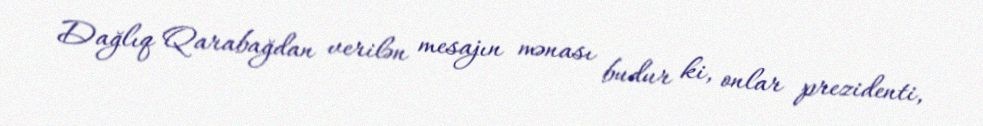
Dağlıq Qarabağdan verilən mesajın mənası budur ki, onlar prezidenti,